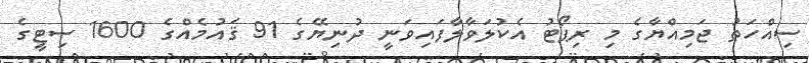
ސިއްހަތު ޖަމިއްޔާގެ މި ރިޕޯޓު އެކުލަވާލާފައިވަނީ ދުނިޔޭގެ 91 ޤައުމެއްގެ 1600 ސިޓީގެ